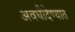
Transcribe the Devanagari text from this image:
अवधीदेण्यात